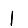
Digit: 1